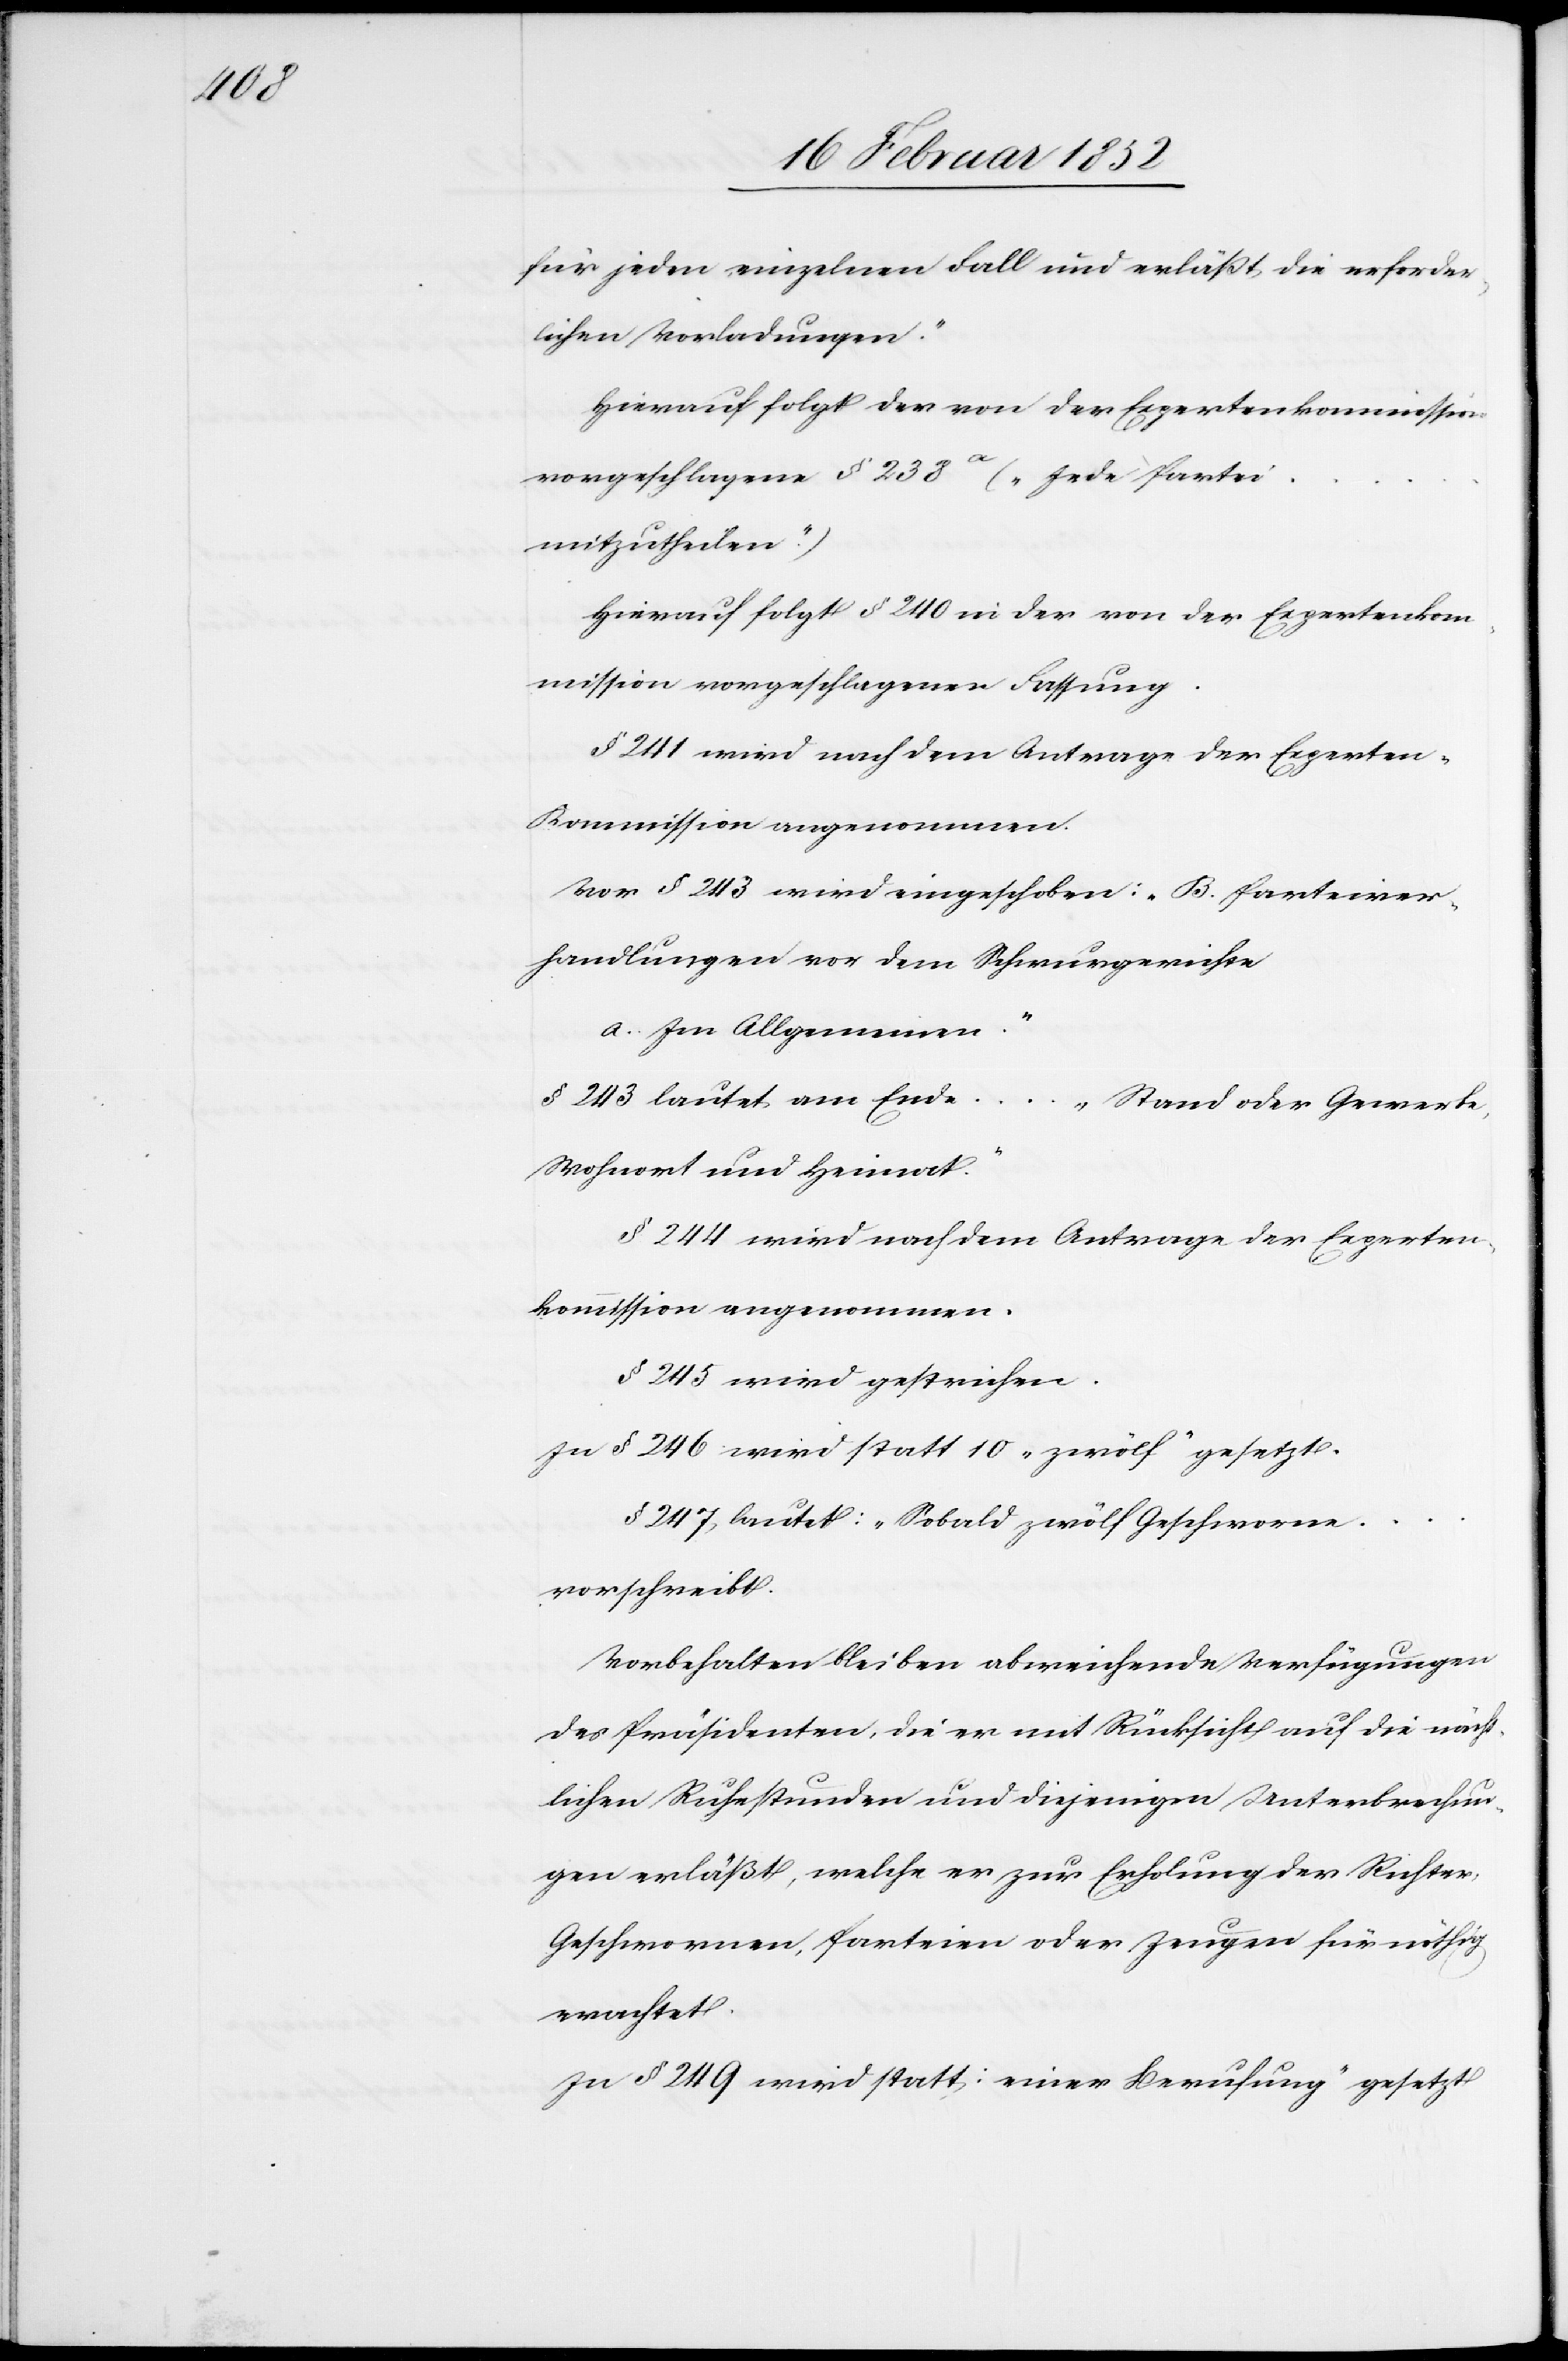
für jeden einzelnen Fall und erläßt die erforder¬
lichen Vorladungen.“
Hierauf folgt der von der Expertenkommission
vorgeschlagene § 238a („Jede Partei
mitzutheilen.“)
Hierauf folgt § 240 in der von der Expertenkom¬
mission vorgeschlagenen Fassung.
§ 244 wird nach dem Antrage der Experten¬
Vor § 243 wird eingeschoben: „B. Parteiver¬
handlungen vor dem Schwurgerichte
a. Im Allgemeinen.“
§ 243 lautet am Ende
... „Stand oder Gewerbe,
Wohnort und Heimat.“
kommission angenommen.
§ 245. wird gestrichen.
In § 246 wird statt 10 „zwölf“ gesetzt.
§ 247, lautet: „Sobald zwölf Geschworene
vorschreibt.[“]
Vorbehalten bleiben abweichende Verfügungen
des Präsidenten, die er mit Rücksicht auf die nächt¬
lichen Ruhestunden und diejenigen Unterbrechun¬
gen erläßt, welche er zur Erholung der Richter,
Geschworenen, Parteien oder Zeugen für nöthig
erachtet.
In § 249 wird statt: [„]einer Berufung“ gesetzt